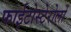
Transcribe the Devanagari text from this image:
फाईटोस्टेरोलों